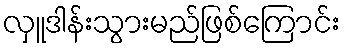
လှူဒါန်းသွားမည်ဖြစ်ကြောင်း